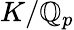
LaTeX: K/\mathbb{Q}_{p}